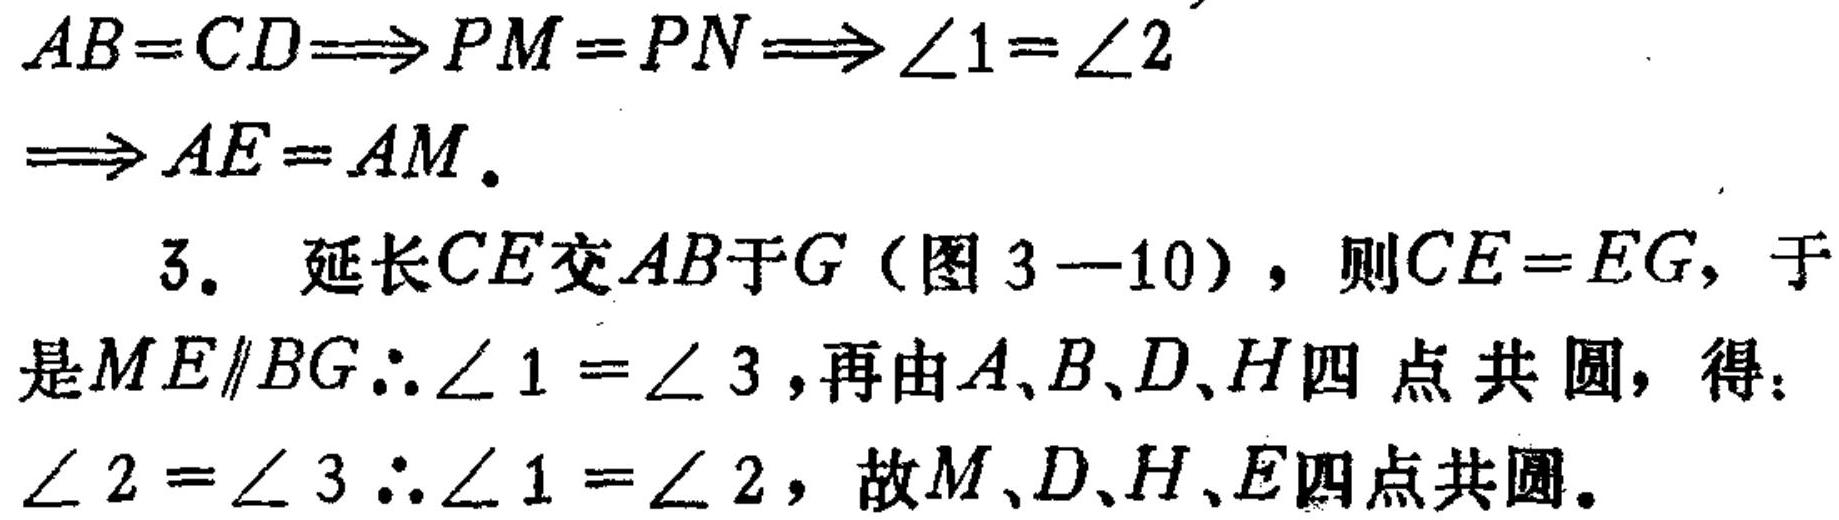
\(AB = CD\Longrightarrow PM = PN\Longrightarrow\angle1=\angle2\Longrightarrow AE = AM.\)
3. 延长\(CE\)交\(AB\)于\(G\)（图 \(3 - 10\)），则\(CE = EG\)，于是\(ME\parallel BG\therefore\angle1=\angle3\)，再由\(A、B、D、H\)四点共圆，得：\(\angle2=\angle3\therefore\angle1=\angle2\)，故\(M、D、H、E\)四点共圆。